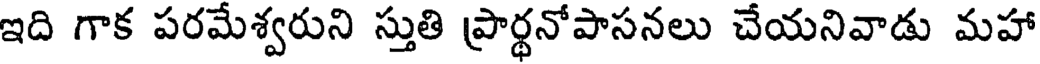
ఇది గాక పరమేశ్వరుని స్తుతి ప్రార్థనోపాసనలు చేయనివాడు మహా